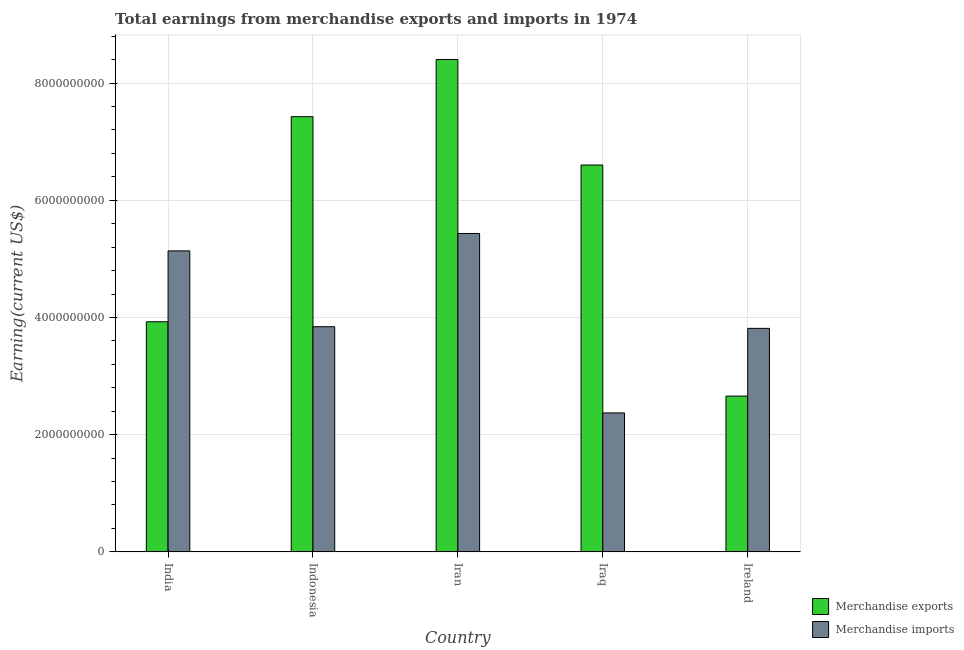
| Country | Merchandise exports | Merchandise imports |
 | --- | --- | --- |
 | India | 3.93e+09 | 5.14e+09 |
 | Indonesia | 7.43e+09 | 3.84e+09 |
 | Iran | 8.4e+09 | 5.43e+09 |
 | Iraq | 6.6e+09 | 2.37e+09 |
 | Ireland | 2.66e+09 | 3.81e+09 |